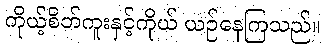
ကိုယ့်စိတ်ကူးနှင့်ကိုယ် ယဉ်နေကြသည်။